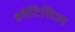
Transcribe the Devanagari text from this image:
हर्मेटिसिज्म